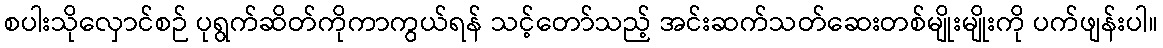
စပါးသိုလှောင်စဉ် ပုရွက်ဆိတ်ကိုကာကွယ်ရန် သင့်တော်သည့် အင်းဆက်သတ်ဆေးတစ်မျိုးမျိုးကို ပက်ဖျန်းပါ။